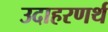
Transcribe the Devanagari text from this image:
उदाहरणर्थ